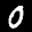
Label: 0